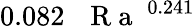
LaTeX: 0.082\, \mathrm{~\textit~{~R~a~}~}^{0.241}